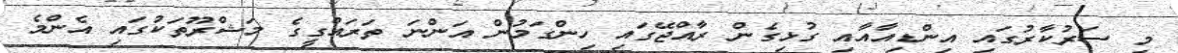
މި ސަރުކާރުގައި އިންޑިއާއާއި ގުޅިގެން ރާއްޖޭގައި ހިންގަމުން އަންނަ ތަރައްގީގެ މަޝްރޫތަކުގައި އެންމެ